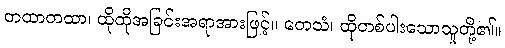
တထာတထာ၊ ထိုထိုအခြင်းအရာအားဖြင့်။ တေသံ၊ ထိုတစ်ပါးသောသူတို့၏။